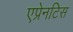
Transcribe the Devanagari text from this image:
एप्रेनटिस